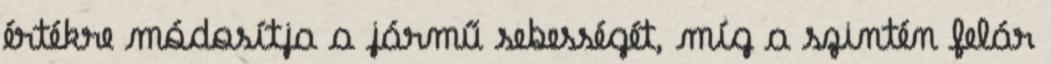
értékre módosítja a jármű sebességét, míg a szintén felár